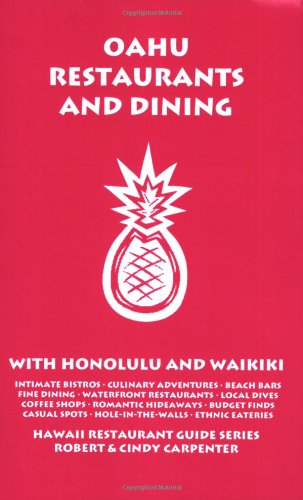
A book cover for Oahu Restaurants And Dining With Honolulu And Waikiki; Robert Carpenter; Travel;